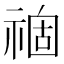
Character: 𥚽